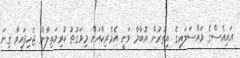
އައިއެސްގެ މައްސަލައިގެ އިތުރުން އޮބާމާ ވަނީ އެމެރިކާއަށް މިވަގުތު ކުރިމަތިލާން ޖެހިފައިވާ ގިނަ